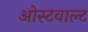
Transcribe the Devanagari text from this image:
ओस्टवाल्ट